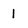
Character: 1